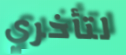
لتأخري